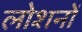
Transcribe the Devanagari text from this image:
लोशनों